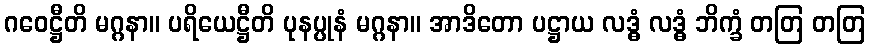
ဂဝေဋ္ဌီတိ မဂ္ဂနာ။ ပရိယေဋ္ဌီတိ ပုနပ္ပုနံ မဂ္ဂနာ။ အာဒိတော ပဋ္ဌာယ လဒ္ဓံ လဒ္ဓံ ဘိက္ခံ တတြ တတြ